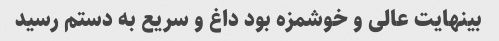
بینهایت عالی و خوشمزه بود داغ و سریع به دستم رسید